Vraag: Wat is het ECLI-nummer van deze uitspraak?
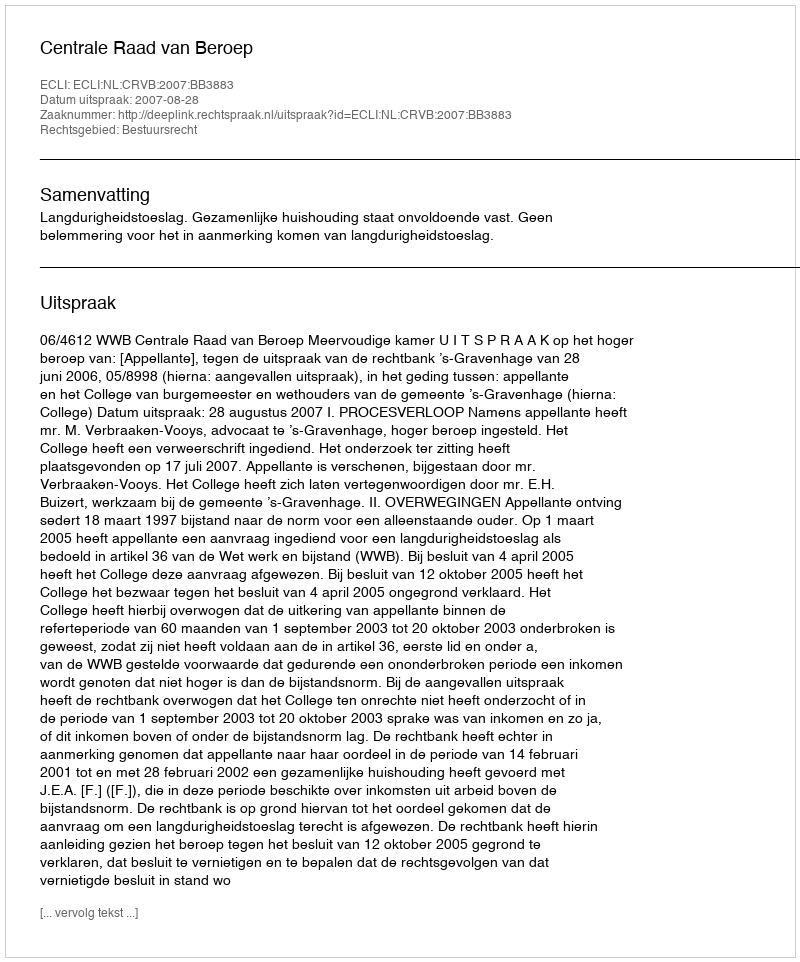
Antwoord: ECLI:NL:CRVB:2007:BB3883